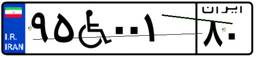
۹۵W۰۰۱۸۰